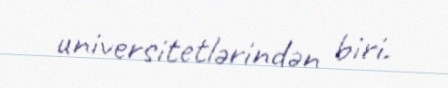
universitetlərindən biri.